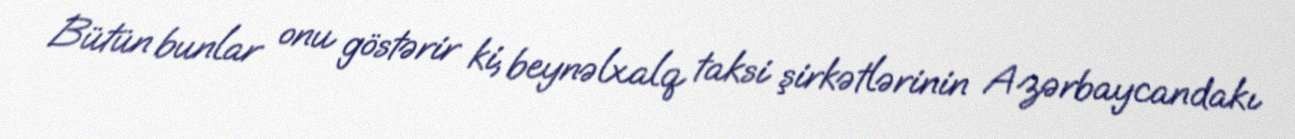
Bütün bunlar onu göstərir ki, beynəlxalq taksi şirkətlərinin Azərbaycandakı